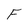
Character: F